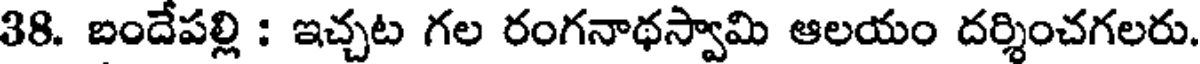
38. బందేపల్లి : ఇచ్చట గల రంగనాథస్వామి ఆలయం దర్శించగలరు.